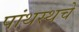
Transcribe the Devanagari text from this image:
पांथस्थचे